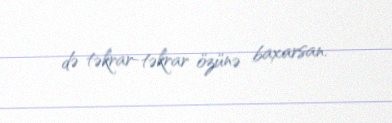
də təkrar-təkrar özünə baxarsan.